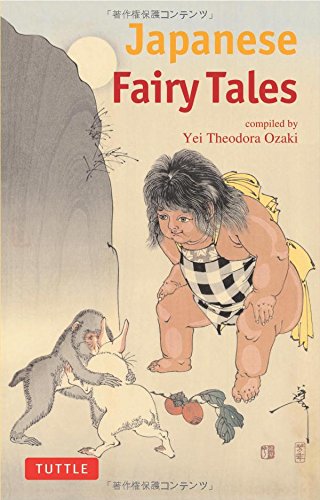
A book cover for Japanese Fairy Tales (Tuttle Classics); Teen & Young Adult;